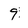
Character: 9